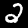
Label: 2